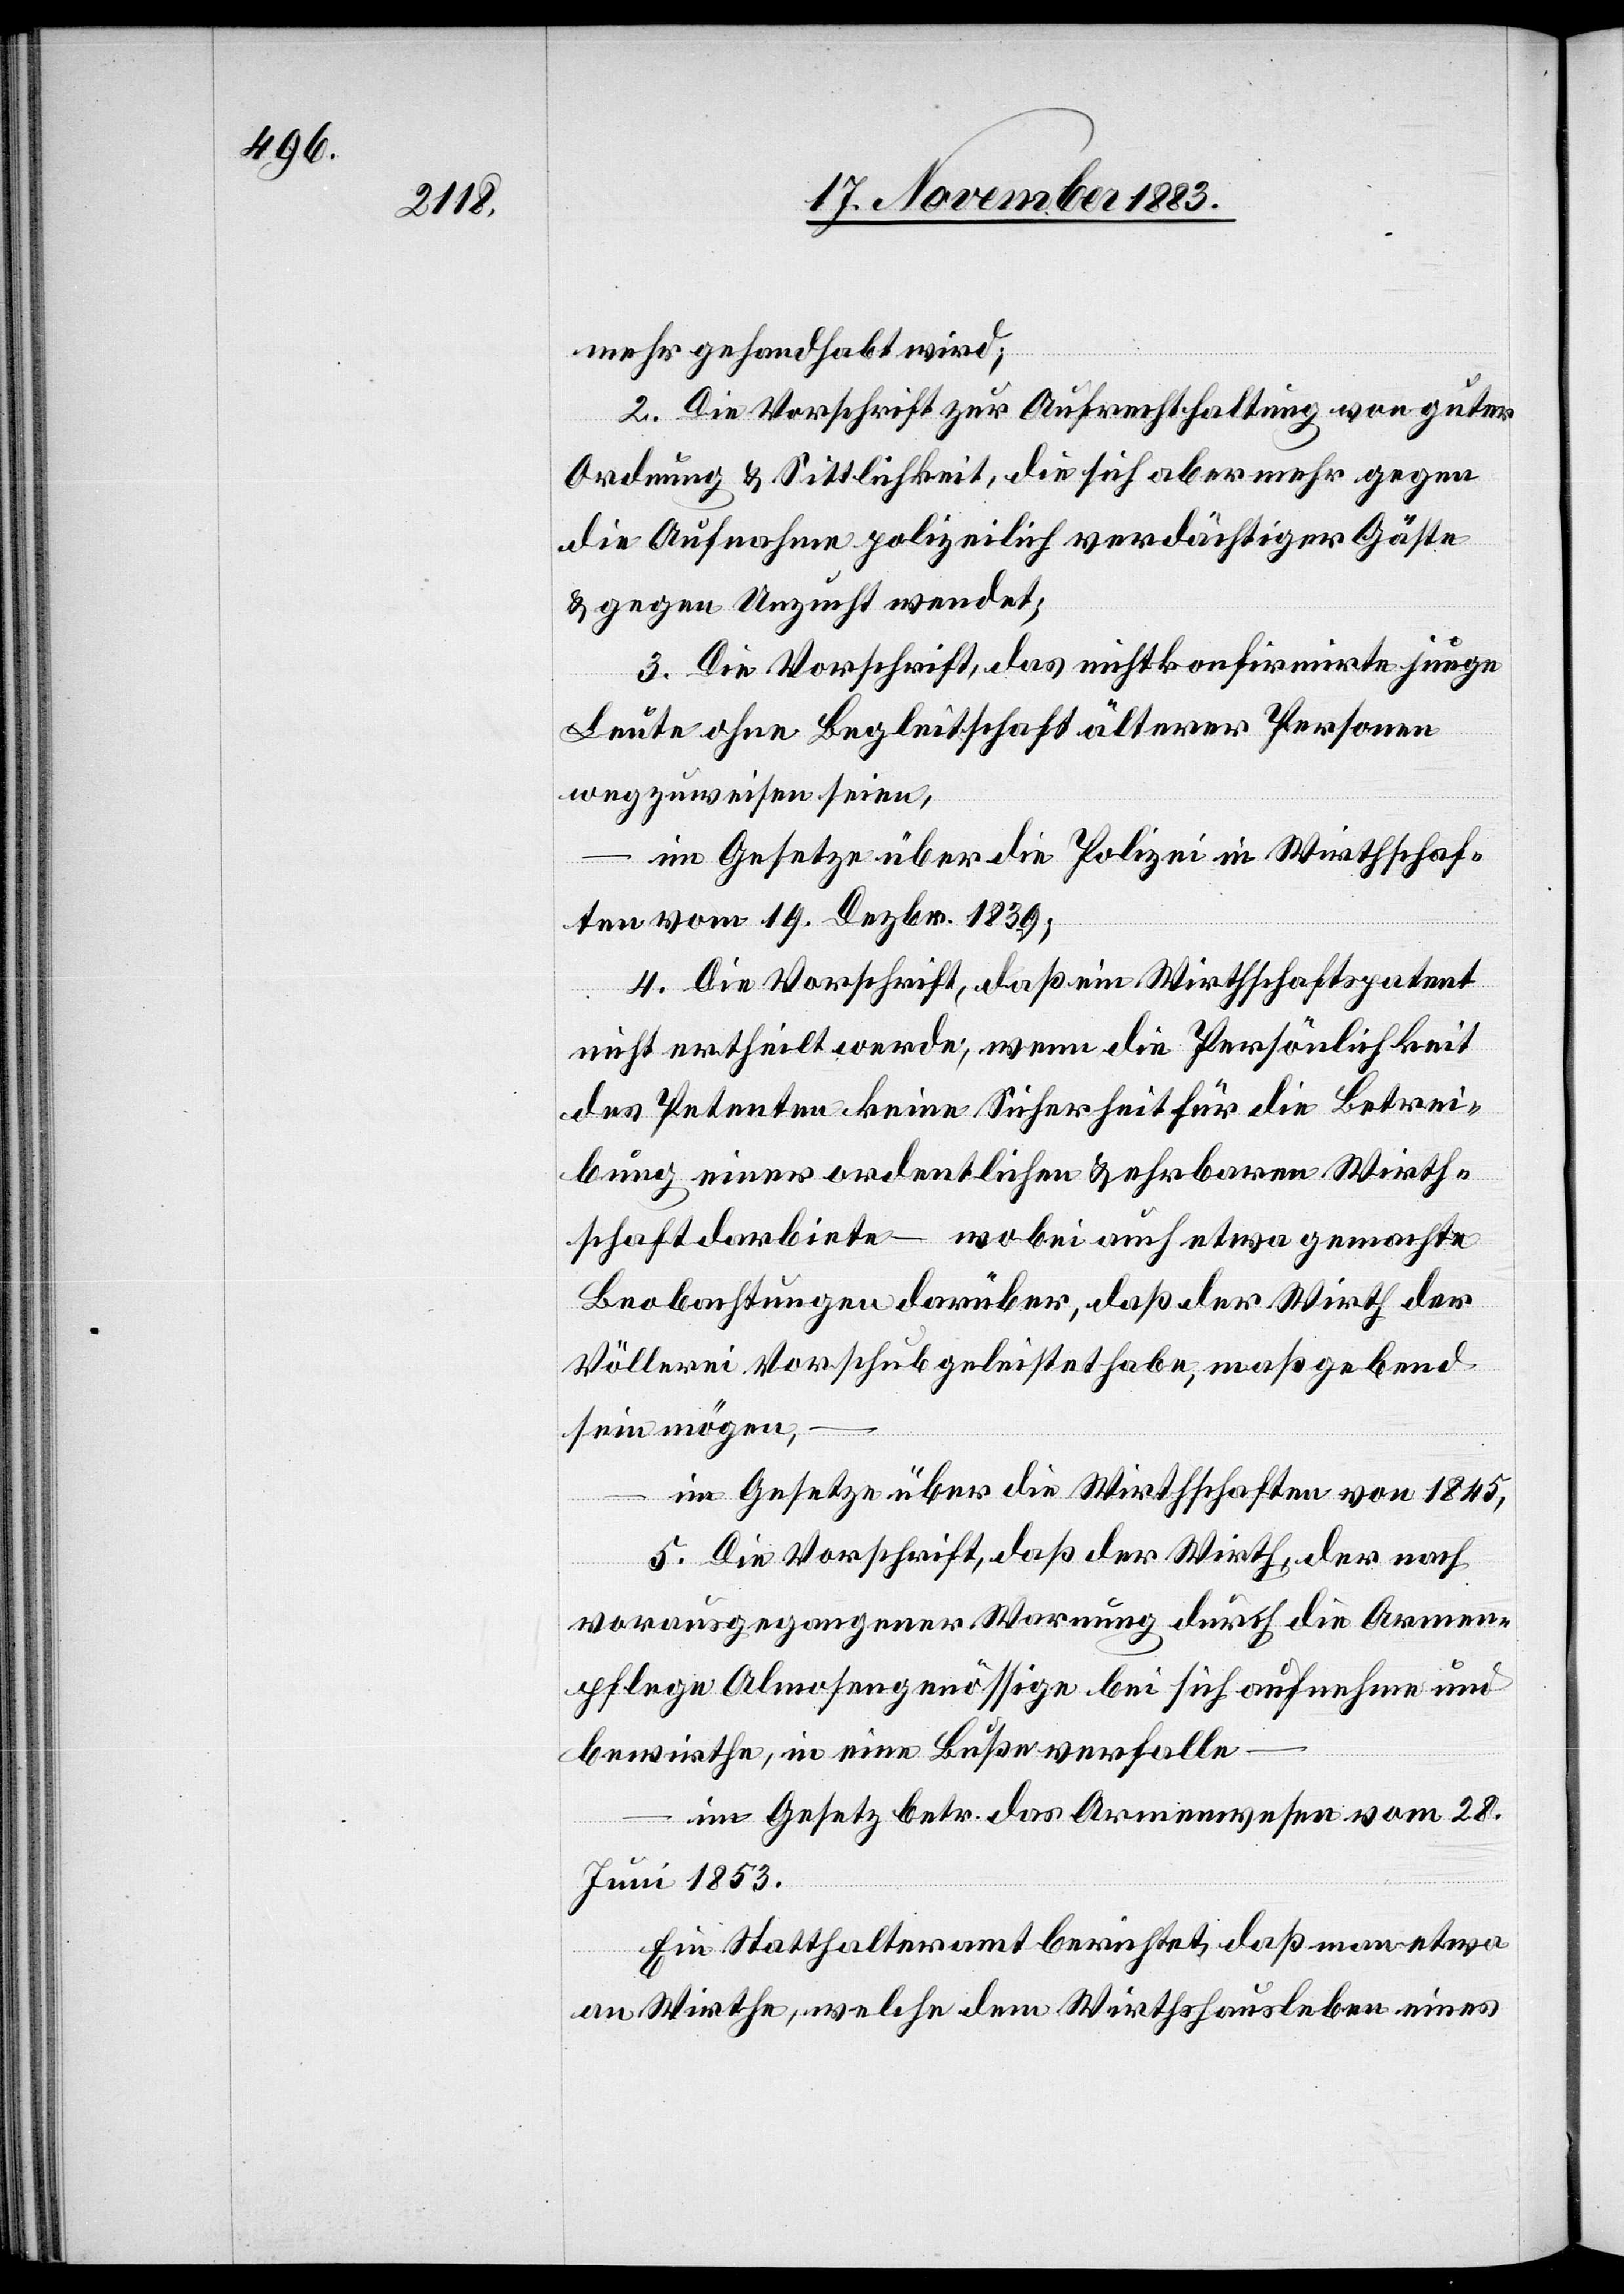
mehr gehandhabt wird;
2. Die Vorschrift zur Aufrechthaltung von guter
Ordnung & Sittlichkeit, die sich aber mehr gegen
die Aufnahme polizeilich verdächtiger Gäste
& gegen Unzucht wendet;
3. Die Vorschrift, das nicht konfirmirte junge
Leute ohne Begleitschaft älterer Personen
wegzuweisen seien,
im Gesetze über die Polizei in Wirthschaf¬
ten vom 19. Dezbr. 1839;
4. Die Vorschrift, daß ein Wirthschaftspatent
nicht ertheilt werde, wenn die Persönlichkeit
des Petenten keine Sicherheit für die Betrei¬
bung einer ordentlichen & ehrbaren Wirth¬
schaft darbiete – wobei auch etwa gemachte
Beobachtungen darüber, daß der Wirth der
Völlerei Vorschub geleistet habe, maßgebend
sein mögen,
im Gesetze über die Wirthschaften von 1845,
5. Die Vorschrift, daß der Wirth, der nach
vorausgegangener Warnung durch die Armen¬
pflege Almosengenössige bei sich aufnehme und
bewirthe, in eine Buße verfalle
im Gesetz betr. das Armenwesen vom 28.
Juni 1853.
Ein Statthalteramt berichtet, daß man etwa
an Wirthe, welche dem Wirthshausleben eines